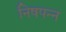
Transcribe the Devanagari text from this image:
निषपन्न